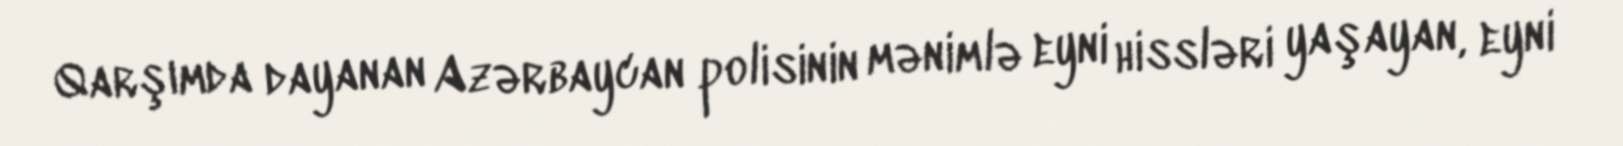
Qarşımda dayanan Azərbaycan polisinin mənimlə eyni hissləri yaşayan, eyni